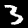
Label: 3